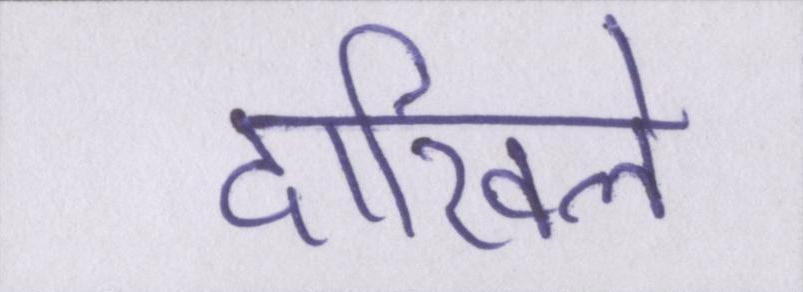
दाखिले